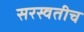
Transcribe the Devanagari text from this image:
सरस्वतीच